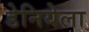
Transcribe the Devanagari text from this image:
डेनियेला